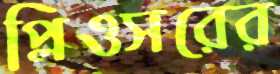
প্লিওসরের